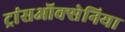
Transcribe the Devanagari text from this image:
ट्रांसऑक्सेनिया